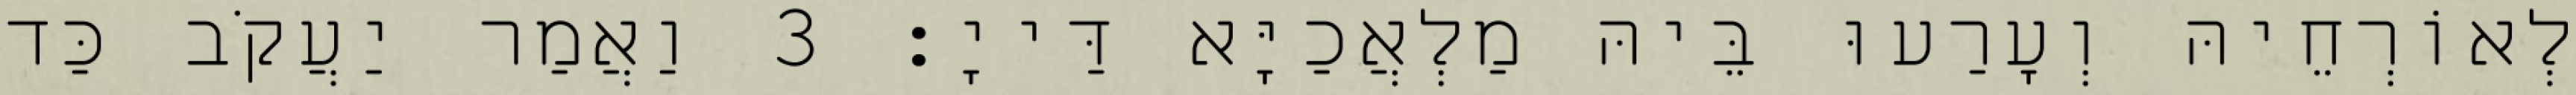
לְאוֹרְחֵיהּ וְעָרַעוּ בֵּיהּ מַלְאֲכַיָּא דַּייָ׃ 3 וַאֲמַר יַעֲקֹב כַּד